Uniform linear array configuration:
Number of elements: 24
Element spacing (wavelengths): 1
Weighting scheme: uniform
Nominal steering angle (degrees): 15
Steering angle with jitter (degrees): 14.193
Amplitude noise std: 0.05
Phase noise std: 0.05

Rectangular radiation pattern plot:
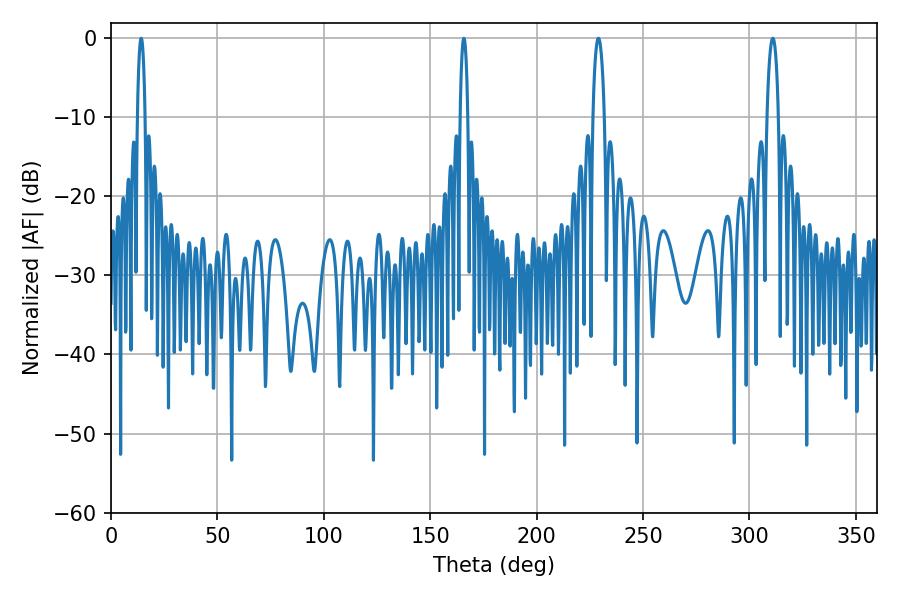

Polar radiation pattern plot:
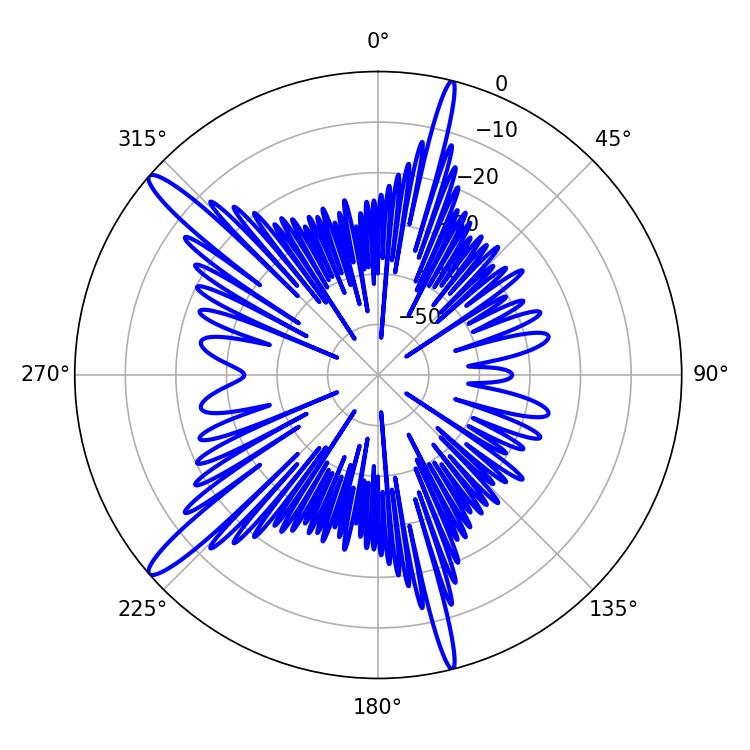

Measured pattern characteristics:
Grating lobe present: TRUE
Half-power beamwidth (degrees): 1.98
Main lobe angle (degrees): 165.78